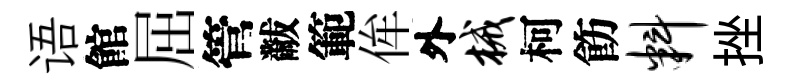
语館屈管黻範侔外械柯飭料挫